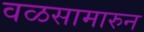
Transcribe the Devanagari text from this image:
वळसामारुन